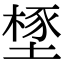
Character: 𣗃